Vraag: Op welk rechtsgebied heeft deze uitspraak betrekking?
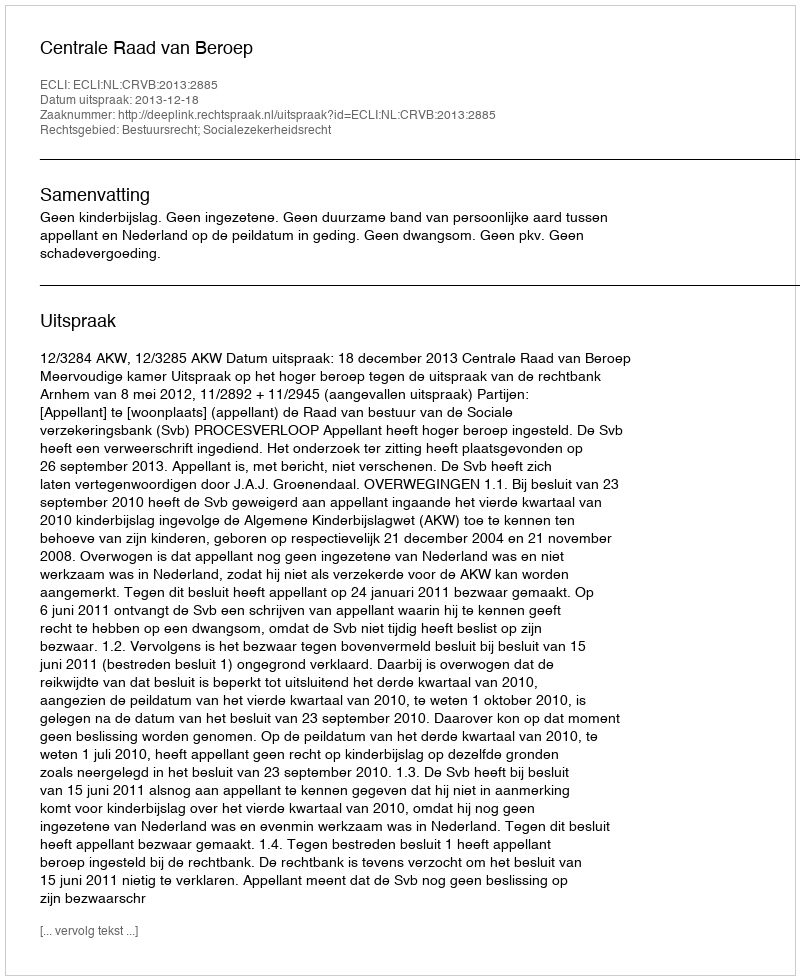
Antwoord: Bestuursrecht; Socialezekerheidsrecht